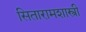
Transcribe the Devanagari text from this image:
सितारामशास्त्री